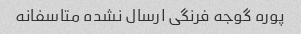
پوره گوجه فرنگی ارسال نشده متاسفانه